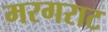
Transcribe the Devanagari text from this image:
मरगराट